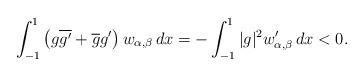
LaTeX: \begin{align*} \int_{-1}^1\left(g\overline{g'}+\overline{g}g'\right) w_{\alpha,\beta}\,dx = - \int_{-1}^1 |g|^2 w'_{\alpha,\beta} \,dx < 0. \end{align*}